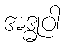
အဒ္ဓုဝါ